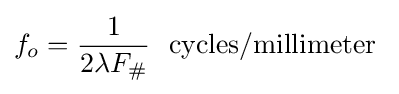
f_{o}={1 \over {2\lambda F_{\#}}}\ \ \mathrm {cycles/millimeter} \